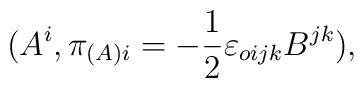
(A^i,\pi_{(A)i} = -\frac{1}{2}{\varepsilon}_{oijk}B^{jk}),